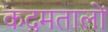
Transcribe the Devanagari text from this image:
कदमतालों